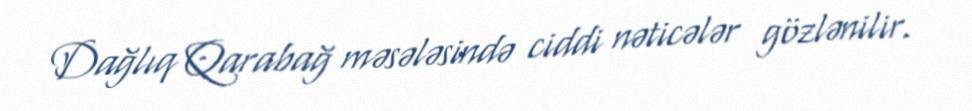
Dağlıq Qarabağ məsələsində ciddi nəticələr gözlənilir.